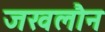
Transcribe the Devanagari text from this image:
जखलौन